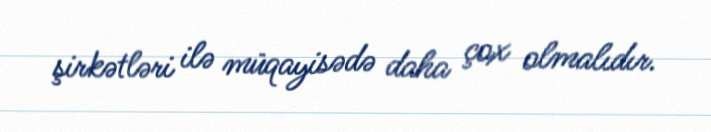
şirkətləri ilə müqayisədə daha çox olmalıdır.